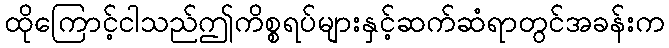
ထိုကြောင့်ငါသည်ဤကိစ္စရပ်များနှင့်ဆက်ဆံရာတွင်အခန်းက